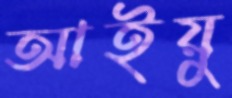
আইয়ু